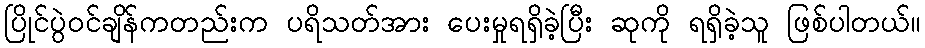
ပြိုင်ပွဲဝင်ချိန်ကတည်းက ပရိသတ်အား ပေးမှုရရှိခဲ့ပြီး ဆုကို ရရှိခဲ့သူ ဖြစ်ပါတယ်။